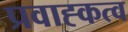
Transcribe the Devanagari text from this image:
प्रवाह्कत्व